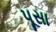
પૂસા